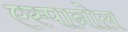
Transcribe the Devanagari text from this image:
एस्‍पानोल